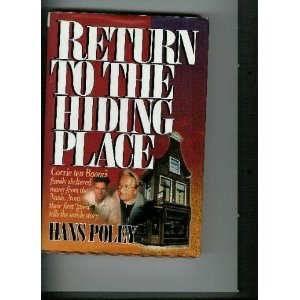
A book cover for Return to the Hiding Place; Hans Poley; History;